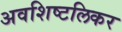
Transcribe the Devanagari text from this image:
अवशिष्टलिकर